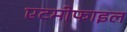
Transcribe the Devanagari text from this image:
एटमोफाइल